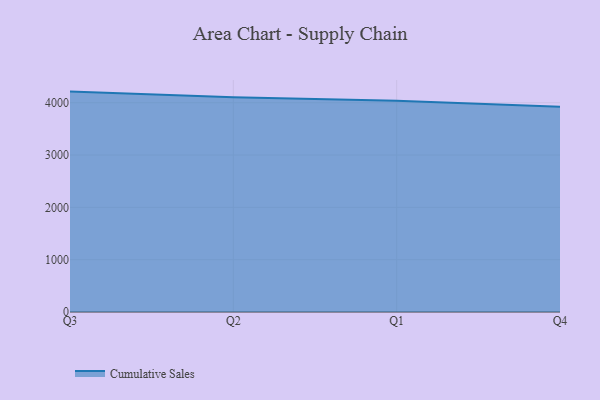
{"axis": {"x": "Quarter", "y": "Market Share (%)"}, "legend": ["Cumulative Sales"], "data": [{"x": "Q3", "y": 4212.8, "type": "Cumulative Sales"}, {"x": "Q2", "y": 4104.9, "type": "Cumulative Sales"}, {"x": "Q1", "y": 4035.6, "type": "Cumulative Sales"}, {"x": "Q4", "y": 3922.3, "type": "Cumulative Sales"}]}